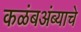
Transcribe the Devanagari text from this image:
कळंबअंब्याचे